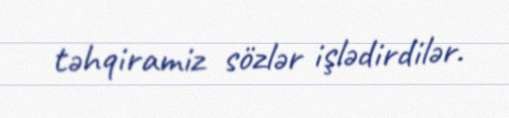
təhqiramiz sözlər işlədirdilər.